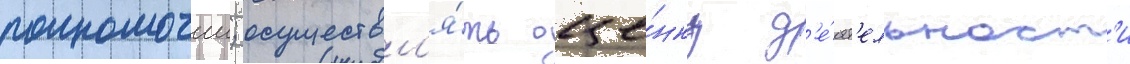
полномочии; осуществл'я́ть оце́нку д'е́ят'ельност'и